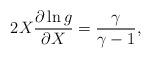
LaTeX: \begin{align*} 2X\frac{\partial\ln g}{\partial X}=\frac{\gamma}{\gamma-1},\end{align*}